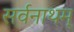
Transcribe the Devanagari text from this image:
सर्वनाथम्